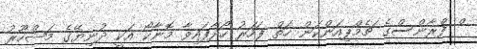
ް ފްރާންސްގެ ޗެމްޕިއަންކަން ހަތް ފަހަރު ހޯދާފައިވާ މޮނާކޯ އަކީ ދުނިޔޭގެ މަޝްހޫރު